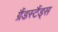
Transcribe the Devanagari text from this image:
ग्रैंडस्टैंड्स